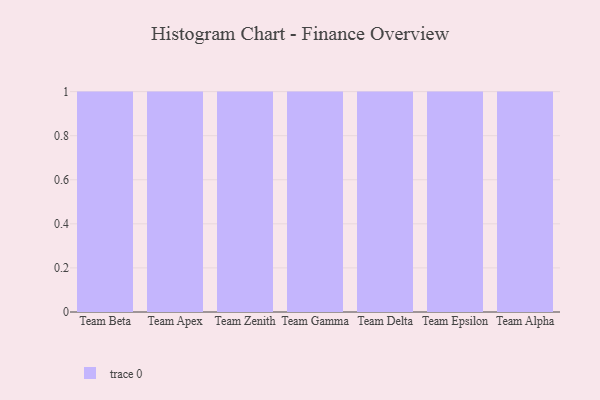
{"axis": {"x": "Team", "y": "Tickets Resolved"}, "legend": [""], "data": [{"x": "Team Beta", "y": 62, "type": ""}, {"x": "Team Apex", "y": 84, "type": ""}, {"x": "Team Zenith", "y": 19, "type": ""}, {"x": "Team Gamma", "y": 4, "type": ""}, {"x": "Team Delta", "y": 79, "type": ""}, {"x": "Team Epsilon", "y": 56, "type": ""}, {"x": "Team Alpha", "y": 70, "type": ""}]}